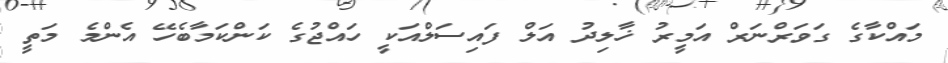
މައްކާގެ ގަވަރްނަރް އަމީރު ޚާލިދު އަލް ފައިސަލްއަކީ ހައްޖުގެ ކަންކަމާބެހޭ އެންމެ މަތީ